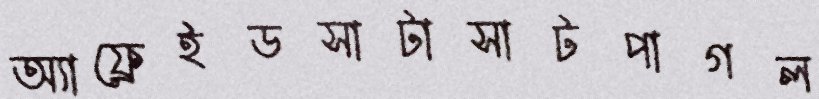
অ্যাফ্রেইডসাটাসাটপাগল